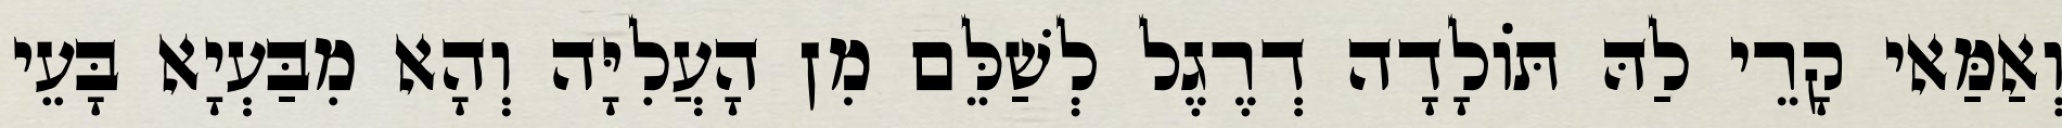
וְאַמַּאי קָרֵי לַהּ תּוֹלָדָה דְרֶגֶל לְשַׁלֵּם מִן הָעֲלִיָּה וְהָא מִבַּעְיָא בָּעֵי